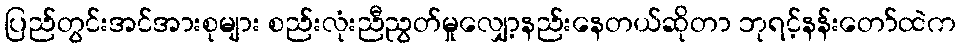
ပြည်တွင်းအင်အားစုများ စည်းလုံးညီညွတ်မှုလျှော့နည်းနေတယ်ဆိုတာ ဘုရင့်နန်းတော်ထဲက